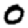
Digit: 0